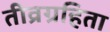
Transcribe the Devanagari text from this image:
तीव्रग्रहिता